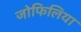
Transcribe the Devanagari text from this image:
जोफिलिया